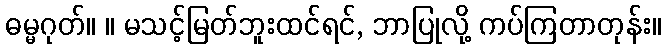
ဓမ္မဂုတ်။ ။ မသင့်မြတ်ဘူးထင်ရင်, ဘာပြုလို့ ကပ်ကြတာတုန်း။